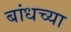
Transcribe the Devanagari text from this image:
बांधच्या